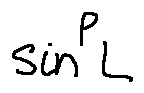
\sin ^ { P } L